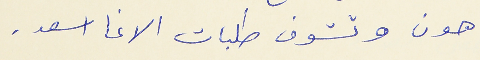
هون وتشوف طلبات الاغا اسعد .